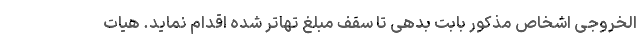
الخروجی اشخاص مذکور بابت بدهی تا سقف مبلغ تهاتر شده اقدام نماید. هیات